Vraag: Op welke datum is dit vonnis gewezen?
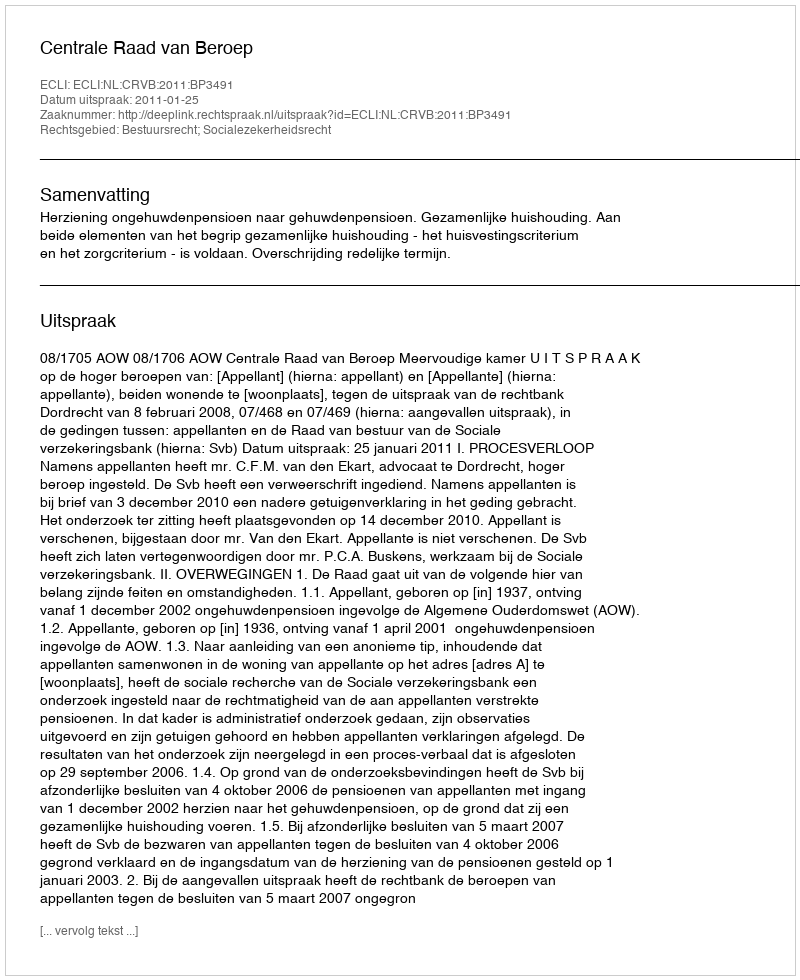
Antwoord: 2011-01-25